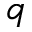
q